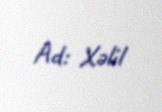
Ad: Xəlil